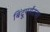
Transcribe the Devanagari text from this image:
बिंदूपर्यंतचा